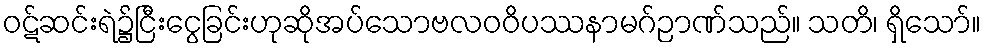
ဝဋ်ဆင်းရဲ၌ငြီးငွေခြင်းဟုဆိုအပ်သောဗလဝဝိပဿနာမဂ်ဉာဏ်သည်။ သတိ၊ ရှိသော်။